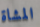
المشاة